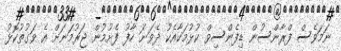
ނަމަވެސް ފްރާންސުން ޑިފެންސިވް ކުޅުމަކާއެކު ދެވަނަ ހާފު ފެށުމުން ޖަރުމަނަށް އެ ވަގުތުކޮޅު